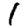
Digit: 1